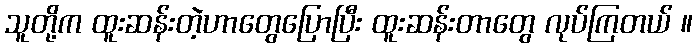
သူတို့က ထူးဆန်းတဲ့ဟာတွေပြောပြီး ထူးဆန်းတာတွေ လုပ်ကြတယ် ။